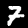
Label: 7